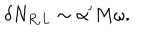
\delta N _ { R , L } \sim \alpha ^ { \prime } M \omega .